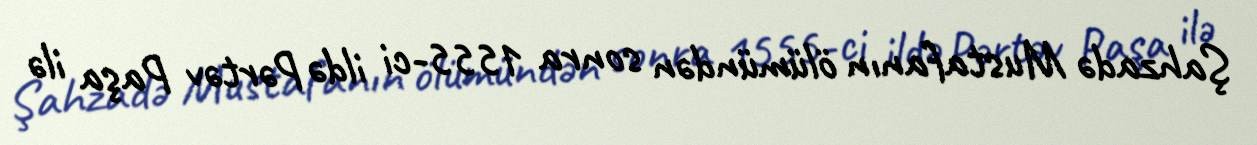
Şahzadə Mustafanın ölümündən sonra 1555-ci ildə Pərtəv Paşa ilə